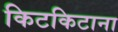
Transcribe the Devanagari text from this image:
किटकिटाना